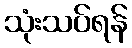
သုံးသပ်ရန်